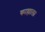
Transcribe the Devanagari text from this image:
काह्याला